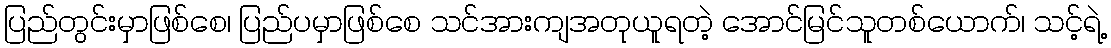
ပြည်တွင်းမှာဖြစ်စေ၊ ပြည်ပမှာဖြစ်စေ သင်အားကျအတုယူရတဲ့ အောင်မြင်သူတစ်ယောက်၊ သင့်ရဲ့